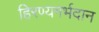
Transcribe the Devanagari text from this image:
हिरण्यगर्भदान